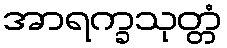
အာရက္ခသုတ္တံ